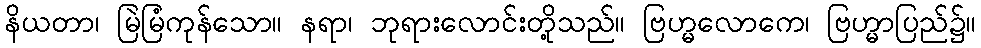
နိယတာ၊ မြဲမြံကုန်သော။ နရာ၊ ဘုရားလောင်းတို့သည်။ ဗြဟ္မလောကေ၊ ဗြဟ္မာပြည်၌။